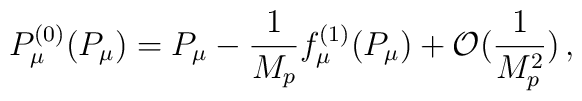
P^{(0)}_\mu  (P_\mu) = P_\mu - \frac{1}{M_p} f^{(1)}_\mu  (P_\mu)  + {\cal O} ( \frac{1}{M_{p}^2})\, ,